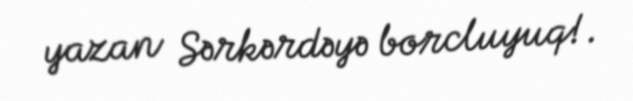
yazan Sərkərdəyə borcluyuq!.